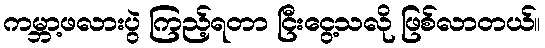
ကမ္ဘာ့ဖလားပွဲ ကြည့်ရတာ ငြီးငွေ့သလို ဖြစ်လာတယ်။